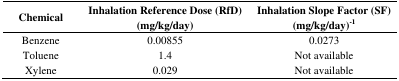
| Chemical | Inhalation Reference Dose (RfD) (mg/kg/day) | Inhalation Slope Factor (SF) (mg/kg/day)-1 |
 | --- | --- | --- |
 | Benzene | 0.00855 | 0.0273 |
 | Toluene | 1.4 | Not available |
 | Xylene | 0.029 | Not available |